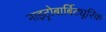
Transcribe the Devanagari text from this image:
नाइट्रोबार्बिट्यूरिक